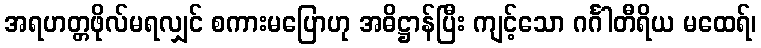
အရဟတ္တဖိုလ်မရလျှင် စကားမပြောဟု အဓိဋ္ဌာန်ပြီး ကျင့်သော ဂင်္ဂါတီရိယ မထေရ်၊